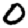
Digit: 0